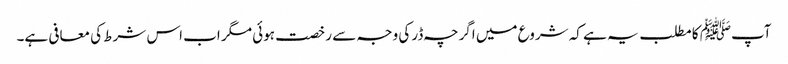
آپﷺ کا مطلب یہ ہے کہ شروع میں اگرچہ ڈر کی وجہ سے رخصت ہوئی مگر اب اس شرط کی معافی ہے۔